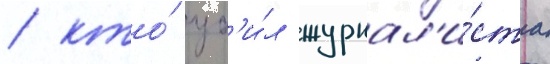
/ кто́ уб'и́л журнал'и́ста